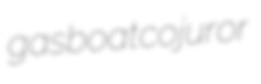
gasboat cojuror